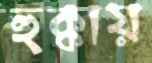
হুক্কায়